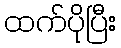
ထက်ပိုပြီး